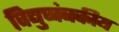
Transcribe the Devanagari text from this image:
विद्युच्चंबकीय